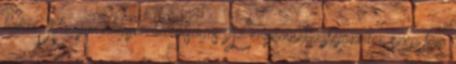
határ. Nagyon nagyon barátságos. Az enyémnek kifejezetten szép feje